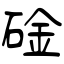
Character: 碒